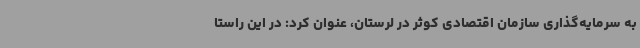
به سرمایه‌گذاری سازمان اقتصادی کوثر در لرستان، عنوان کرد: در این راستا